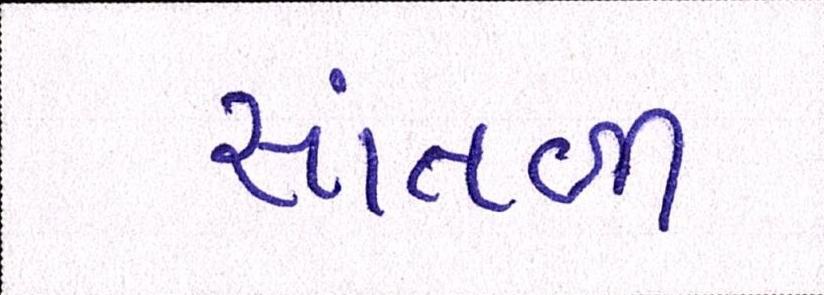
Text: સાંતળી